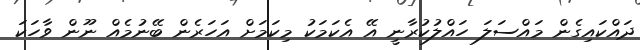
ދައްކައިގެން މައްސަލަ ހައްލުކުރާނީ އޭ އެކަމަކު މިކަމަށް އަހަރެން ބޭނުމެއް ނޫން ވާހަކަ